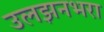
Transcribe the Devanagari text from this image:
उलझनभरा